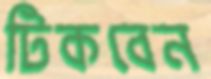
টিকবেন